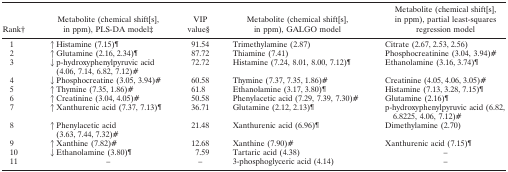
<table><thead><tr><td><b>Rank†</b></td><td><b>Metabolite (chemical shift[s], in ppm), PLS-DA model‡</b></td><td><b>VIP value§</b></td><td><b>Metabolite (chemical shift[s], in ppm), GALGO model</b></td><td><b>Metabolite (chemical shift[s], in ppm), partial least-squares regression model</b></td></tr></thead><tbody><tr><td>1</td><td>↑Histamine (7.15)¶</td><td>91.54</td><td>Trimethylamine (2.87)</td><td>Citrate (2.67, 2.53, 2.56)</td></tr><tr><td>2</td><td>↑Glutamine (2.16, 2.34)¶</td><td>87.72</td><td>Thiamine (7.41)</td><td>Phosphocreatinine (3.04, 3.94)#</td></tr><tr><td>3</td><td>↓p-hydroxyphenylpyruvic acid (4.06, 7.14, 6.82, 7.12)#</td><td>72.72</td><td>Histamine (7.24, 8.01, 8.00, 7.12)¶</td><td>Ethanolamine (3.16, 3.74)¶</td></tr><tr><td>4</td><td>↓Phosphocreatine (3.05, 3.94)#</td><td>60.58</td><td>Thymine (7.37, 7.35, 1.86)#</td><td>Creatinine (4.05, 4.06, 3.05)#</td></tr><tr><td>5</td><td>↑Thymine (7.35, 1.86)#</td><td>61.8</td><td>Ethanolamine (3.17, 3.80)¶</td><td>Histamine (7.13, 3.28, 7.15)¶</td></tr><tr><td>6</td><td>↑Creatinine (3.04, 4.05)#</td><td>50.58</td><td>Phenylacetic acid (7.29, 7.39, 7.30)#</td><td>Glutamine (2.16)¶</td></tr><tr><td>7</td><td>↑Xanthurenic acid (7.37, 7.13)¶</td><td>36.71</td><td>Glutamine (2.12, 2.13)¶</td><td>p-hydroxyphenylpyruvic acid (6.82, 6.8225, 4.06, 7.12)#</td></tr><tr><td>8</td><td>↑Phenylacetic acid (3.63, 7.44, 7.32)#</td><td>21.48</td><td>Xanthurenic acid (6.96)¶</td><td>Dimethylamine (2.70)</td></tr><tr><td>9</td><td>↑Xanthine (7.82)#</td><td>12.68</td><td>Xanthine (7.90)#</td><td>Xanthurenic acid (7.15)¶</td></tr><tr><td>10</td><td>↓Ethanolamine (3.80)¶</td><td>7.59</td><td>Tartaric acid (4.38)</td><td>–</td></tr><tr><td>11</td><td>–</td><td>–</td><td>3-phosphoglyceric acid (4.14)</td><td>–</td></tr></tbody></table>